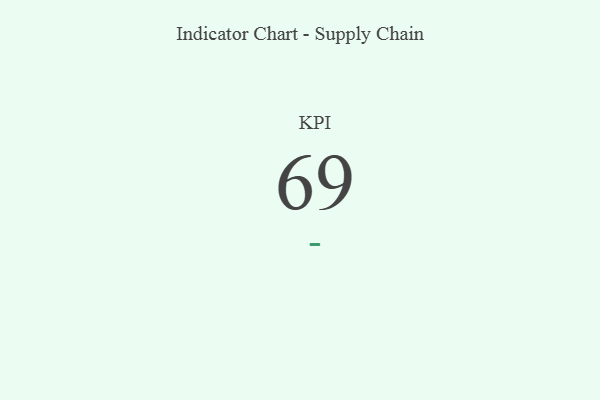
{"axis": {"x": "KPI", "y": "Value"}, "legend": [""], "data": [{"x": "KPI", "y": 69, "type": ""}]}